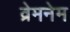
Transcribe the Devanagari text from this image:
व्रेमनेम